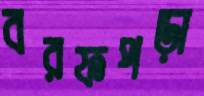
বরফপড়া